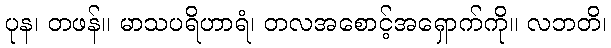
ပုန၊ တဖန်။ မာသပရိဟာရံ၊ တလအစောင့်အရှောက်ကို။ လဘတိ၊